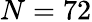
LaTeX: N=72